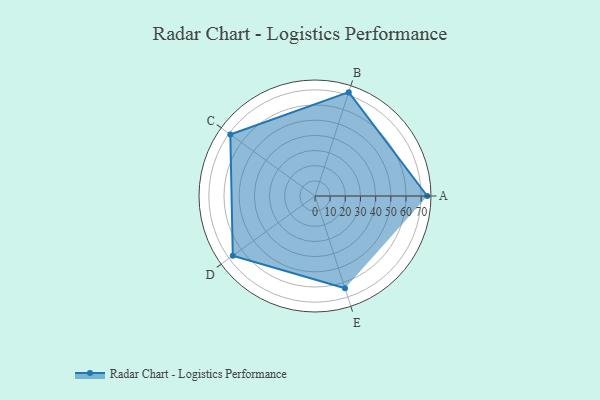
{"axis": {"x": "Skill", "y": "Score"}, "legend": ["Profile"], "data": [{"x": "A", "y": 74.0, "type": "Profile"}, {"x": "B", "y": 72.0, "type": "Profile"}, {"x": "C", "y": 69.0, "type": "Profile"}, {"x": "D", "y": 67.0, "type": "Profile"}, {"x": "E", "y": 64.0, "type": "Profile"}]}